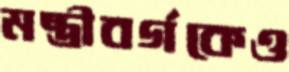
মন্ত্রীবর্গকেও